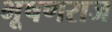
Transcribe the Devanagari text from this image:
भूषणराज